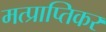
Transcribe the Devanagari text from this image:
मत्प्राप्तिकर